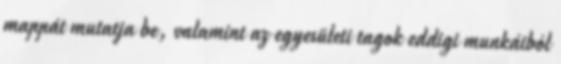
mappát mutatja be, valamint az egyesületi tagok eddigi munkáiból